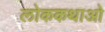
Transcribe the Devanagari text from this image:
लोककथाओ